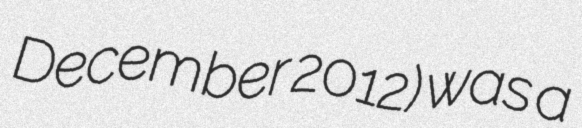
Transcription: December 2012) was a